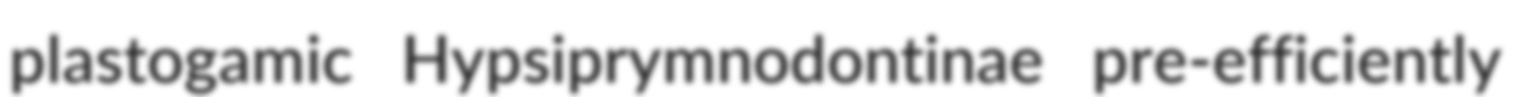
plastogamic Hypsiprymnodontinae pre-efficiently